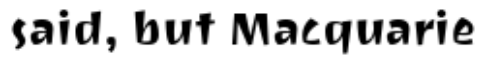
said, but Macquarie